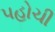
પહોચી